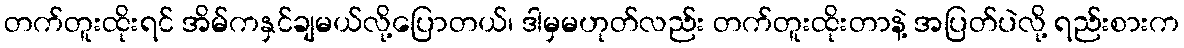
တက်တူးထိုးရင် အိမ်ကနှင်ချမယ်လို့ပြောတယ်၊ ဒါမှမဟုတ်လည်း တက်တူးထိုးတာနဲ့ အပြတ်ပဲလို့ ရည်းစားက